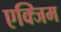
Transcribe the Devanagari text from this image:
एक्जिम